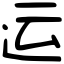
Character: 运